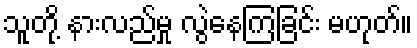
သူတို့ နားလည်မှု လွဲနေကြခြင်း မဟုတ်။